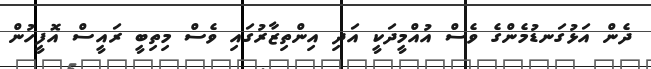
ދެން އަޅުގަނޑުމެންގެ ވެސް އުއްމީދަކީ އަދި އިންތިޒާރުގައި ވެސް މިތިބީ ރައީސް އޮފީހުން